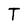
Character: T